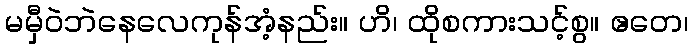
မမှီဝဲဘဲနေလေကုန်အံ့နည်း။ ဟိ၊ ထိုစကားသင့်စွ။ ဧတေ၊